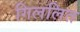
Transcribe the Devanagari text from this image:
गिललित